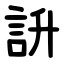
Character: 䛂